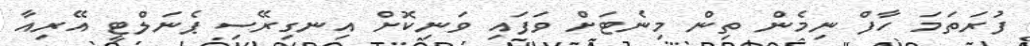
ފުރަތަމަ ހާފް ނިމެން ތިން މިނެޓަށް ވަފައި ވަނިކޮށް އިނގިރޭސި ޕެނަލްޓީ އޭރިއާ